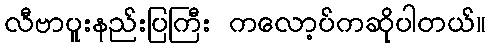
လီဗာပူးနည်းပြကြီး ကလော့ပ်ကဆိုပါတယ်။